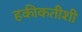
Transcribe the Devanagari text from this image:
हकीकतीशी